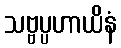
သဗ္ဗပ္ပဟာယိနံ